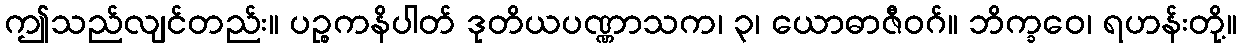
ဤသည်လျင်တည်း။ ပဉ္စကနိပါတ် ဒုတိယပဏ္ဏာသက၊ ၃၊ ယောဓာဇီဝဂ်။ ဘိက္ခဝေ၊ ရဟန်းတို့။